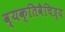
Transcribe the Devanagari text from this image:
व्यक्तिवैचित्र्य